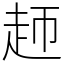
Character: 䞙